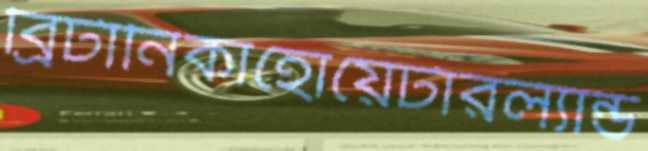
ব্রিটানিকাহোয়েটারল্যান্ড